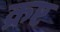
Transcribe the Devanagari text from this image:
क्रष्ट